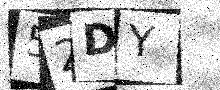
Text: 52DY